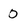
Character: 0